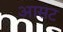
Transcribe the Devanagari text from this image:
आसट